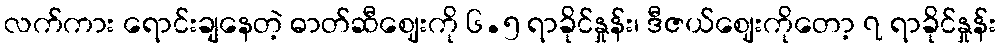
လက်ကား ရောင်းချနေတဲ့ ဓာတ်ဆီဈေးကို ၆.၅ ရာခိုင်နှုန်း၊ ဒီဇယ်ဈေးကိုတော့ ၇ ရာခိုင်နှုန်း